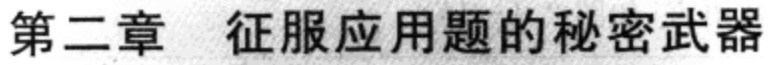
第二章 征服应用题的秘密武器